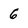
Character: 6